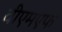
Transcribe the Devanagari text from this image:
वीएमएफ